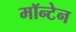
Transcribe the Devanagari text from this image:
मॉन्टेन